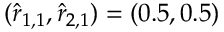
( \hat { r } _ { 1 , 1 } , \hat { r } _ { 2 , 1 } ) = ( 0 . 5 , 0 . 5 )